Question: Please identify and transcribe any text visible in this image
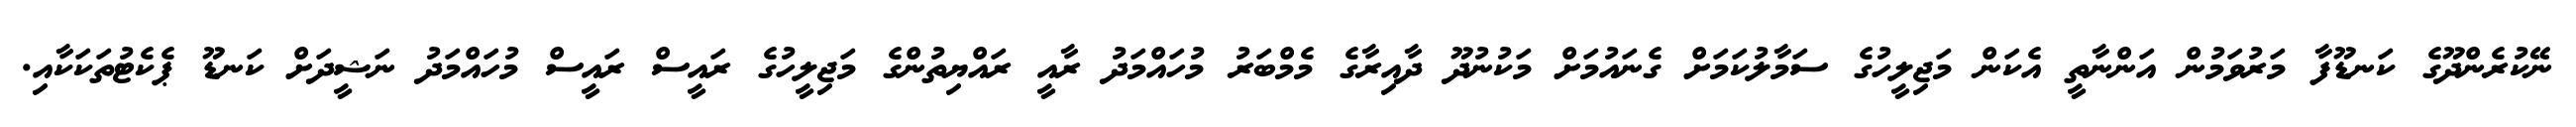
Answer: ނޭކުރެންދޫގެ ކަނޑޫފާ މަރުވަމުން އަންނާތީ އެކަން މަޖިލީހުގެ ސަމާލުކަމަށް ގެނައުމަށް މަކުނުދޫ ދާއިރާގެ މެމްބަރު މުހައްމަދު ރާއީ ރައްޔިތުންގެ މަޖިލީހުގެ ރައީސް ރައީސް މުހައްމަދު ނަޝީދަށް ކަނޑޫ ޕެކެޓުތަކަކާއި.